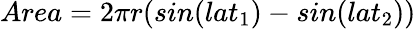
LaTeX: Area=2\pi r(sin(lat_{1})-sin(lat_{2}))